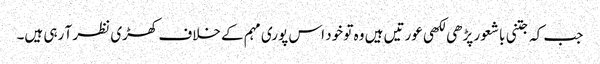
جب کہ جتنی باشعور پڑھی لکھی عورتیں ہیں وہ تو خود اس پوری مہم کے خلاف کھڑی نظر آ رہی ہیں۔